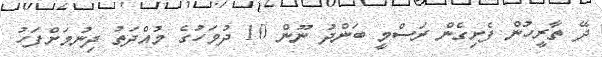
ދޭ ތާރީހުން ފެށިގެން ރަސްމީ ބަންދު ނޫން 10 ދުވަހުގެ މުއްދަތު ދިނުމަށްފަހު